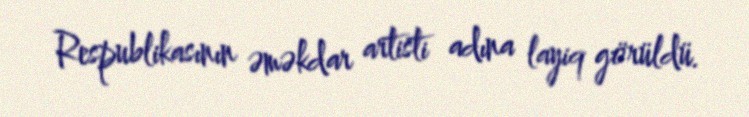
Respublikasının əməkdar artisti adına layiq görüldü.